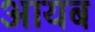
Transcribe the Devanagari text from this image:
आयब